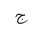
Letter: _gim